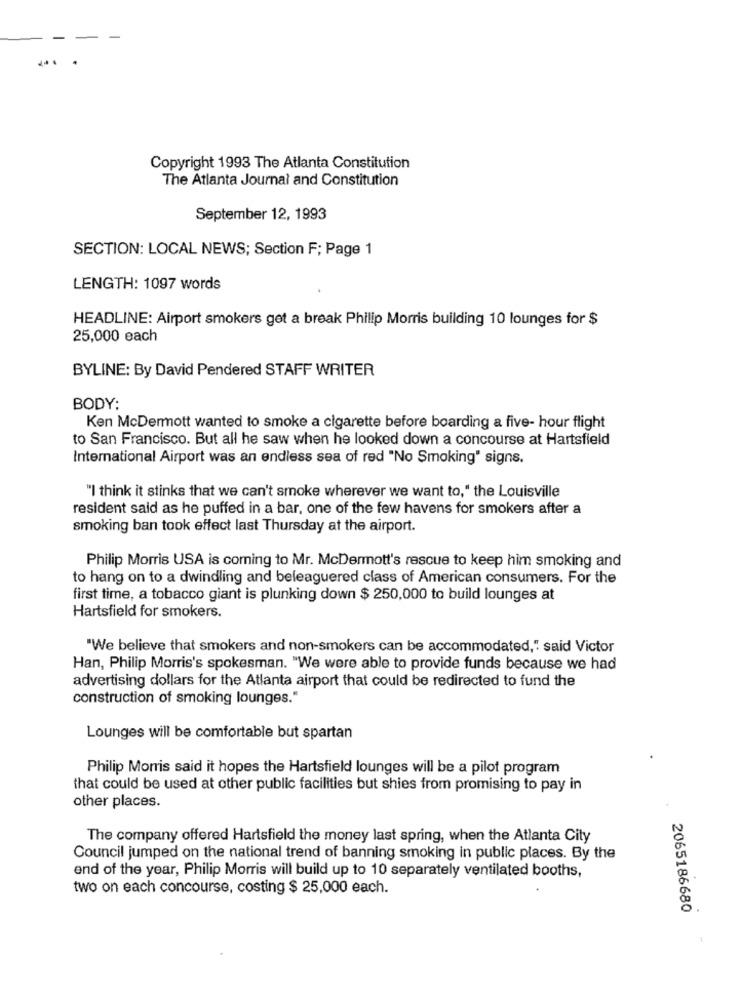
Copyright 1993 The Atlanta Constitution
The Atlanta Journal and Constitution
September 12, 1993
SECTION: LOCAL NEWS; Section F; Page 1
LENGTH: 1097 words
HEADLINE: Airport smokers get a break Philip Morris building 10 lounges for $
25,000 each
BYLINE: By David Pendered STAFF WRITER
BODY:
Ken McDermott wanted to smoke a cigarette before boarding a five- hour flight
to San Francisco. But all he saw when he looked down a concourse at Hartsfield
International Airport was an endless sea of red "No Smoking" signs.
"I think it stinks that we can't smoke wherever we want to," the Louisville
resident said as he puffed in a bar, one of the few havens for smokers after a
smoking ban took effect last Thursday at the airport.
Philip Morris USA is coming to Mr. McDermott's rescue to keep him smoking and
to hang on to a dwindling and beleaguered class of American consumers. For the
first time, a tobacco giant is plunking down $ 250,000 to build lounges at
Hartsfield for smokers.
"We believe that smokers and non-smokers can be accommodated," said Victor
Han, Philip Morris's spokesman. "We were able to provide funds because we had
advertising dollars for the Atlanta airport that could be redirected to fund the
construction of smoking lounges."
Lounges will be comfortable but spartan
Philip Morris said it hopes the Hartsfield lounges will be a pilot program
that could be used at other public facilities but shies from promising to pay in
other places.
The company offered Hartsfield the money last spring, when the Atlanta City
Council jumped on the national trend of banning smoking in public places. By the
end of the year, Philip Morris will build up to 10 separately ventilated booths,
two on each concourse, costing $ 25,000 each.
2065186680